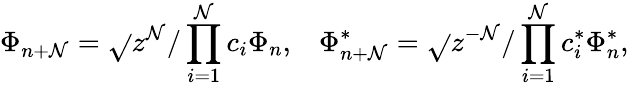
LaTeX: \Phi_{n+\mathcal{N}}=\sqrt{}{{z^{\mathcal{N}}/\prod_{i=1}^{\mathcal{N}}c_{i}}}\Phi_{n},\; \; \; \Phi_{n+\mathcal{N}}^{*}=\sqrt{}{{z^{-\mathcal{N}}/\prod_{i=1}^{\mathcal{N}}c_{i}^{*}}}\Phi_{n}^{*},